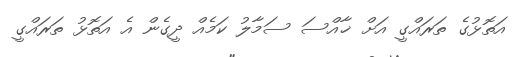
އަތޮޅުގެ ތަރައްގީ އަށް ޚާއްސަ ސަމާލު ކަމެއް ދީގެން އެ އަތޮޅު ތަރައްގީ